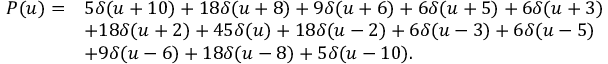
{ \begin{array} { r l } { P ( u ) = } & { 5 \delta ( u + 1 0 ) + 1 8 \delta ( u + 8 ) + 9 \delta ( u + 6 ) + 6 \delta ( u + 5 ) + 6 \delta ( u + 3 ) } \\ & { + 1 8 \delta ( u + 2 ) + 4 5 \delta ( u ) + 1 8 \delta ( u - 2 ) + 6 \delta ( u - 3 ) + 6 \delta ( u - 5 ) } \\ & { + 9 \delta ( u - 6 ) + 1 8 \delta ( u - 8 ) + 5 \delta ( u - 1 0 ) . } \end{array} }